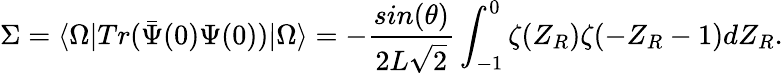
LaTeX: \Sigma=\langle\Omega\vert Tr({\bar{\Psi}(0)}\Psi(0))\vert\Omega\rangle=-{\frac{sin(\theta)}{2L\sqrt{2}}}\int_{-1}^{0}\zeta(Z_{R})\zeta(-Z_{R}-1)dZ_{R}.